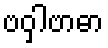
ဗဝှါဗာဓာ